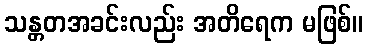
သန္တတအခင်းလည်း အတိရေက မဖြစ်။